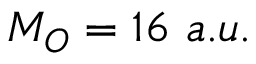
M _ { O } = 1 6 \ a . u .